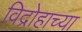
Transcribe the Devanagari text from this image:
विद्रोहाच्या